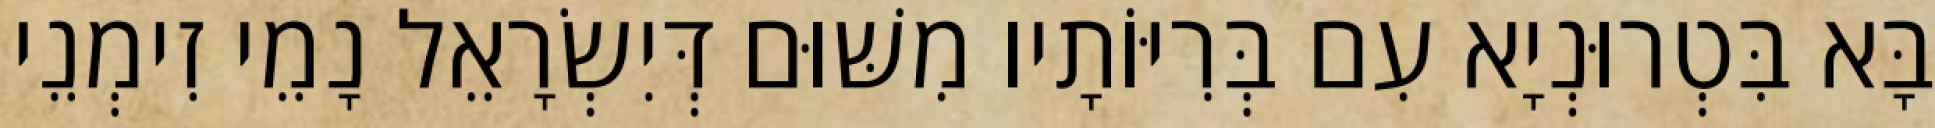
בָּא בִּטְרוּנְיָא עִם בְּרִיּוֹתָיו מִשּׁוּם דְּיִשְׂרָאֵל נָמֵי זִימְנֵי